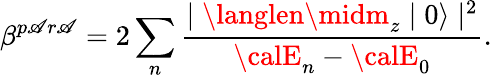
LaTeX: \beta^{p\mathscr{A}r\mathscr{A}}=2\sum_{n}\frac{{\mid\langlen\midm_{z}\mid0\rangle\mid^{2}}}{{{\calE}_{n}-{\calE}_{0}}}.